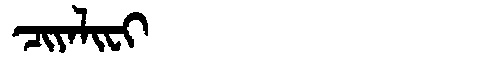
Manchu: ᠴᡳᠶᠠᠯᡳᠸᡳ
Romanization: CIYALIFI